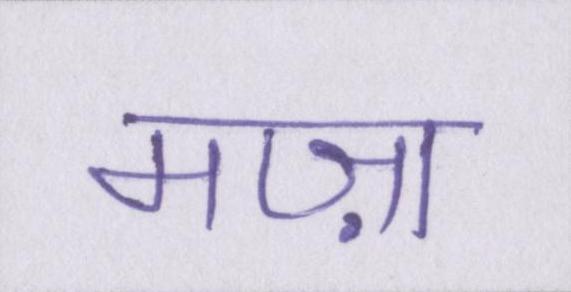
मज़ा